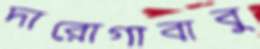
দারোগাবাবু